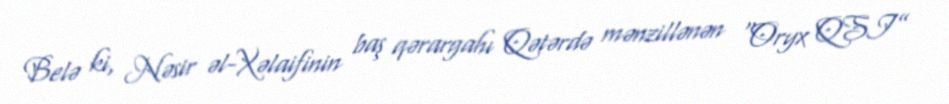
Belə ki, Nəsir əl-Xəlaifinin baş qərargahı Qətərdə mənzillənən “Oryx QSI”